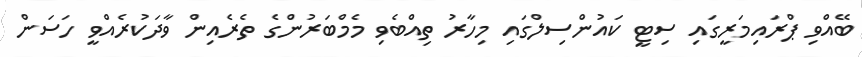
ބޭއްވި ޕްރައިމަރީގައި ސިޓީ ކައުންސިލްގައި މިހާރު ތިއްބެވި މެމްބަރުންގެ ތެރެއިން ވާދަކުރެއްވީ ހަސަން